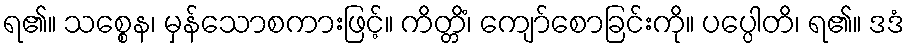
ရ၏။ သစ္စေန၊ မှန်သောစကားဖြင့်။ ကိတ္တိံ၊ ကျော်စောခြင်းကို။ ပပ္ပေါတိ၊ ရ၏။ ဒဒံ